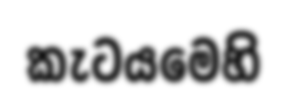
කැටයමෙහි